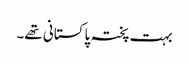
بہت پختہ پاکستانی تھے۔